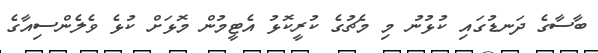
ބާސާގެ ދަނޑުގައި ކުޅުނު މި މެޗުގެ ކުރީކޮޅު އެޓީމުން މޮޅަށް ކުޅެ ވެލެންސިއާގެ